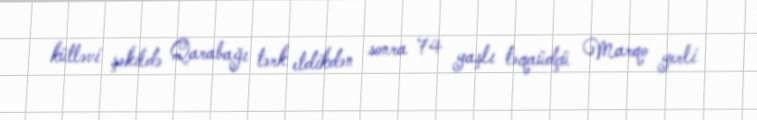
kütləvi şəkildə Qarabağı tərk etdikdən sonra 74 yaşlı təqaüdçü Marqo yerli